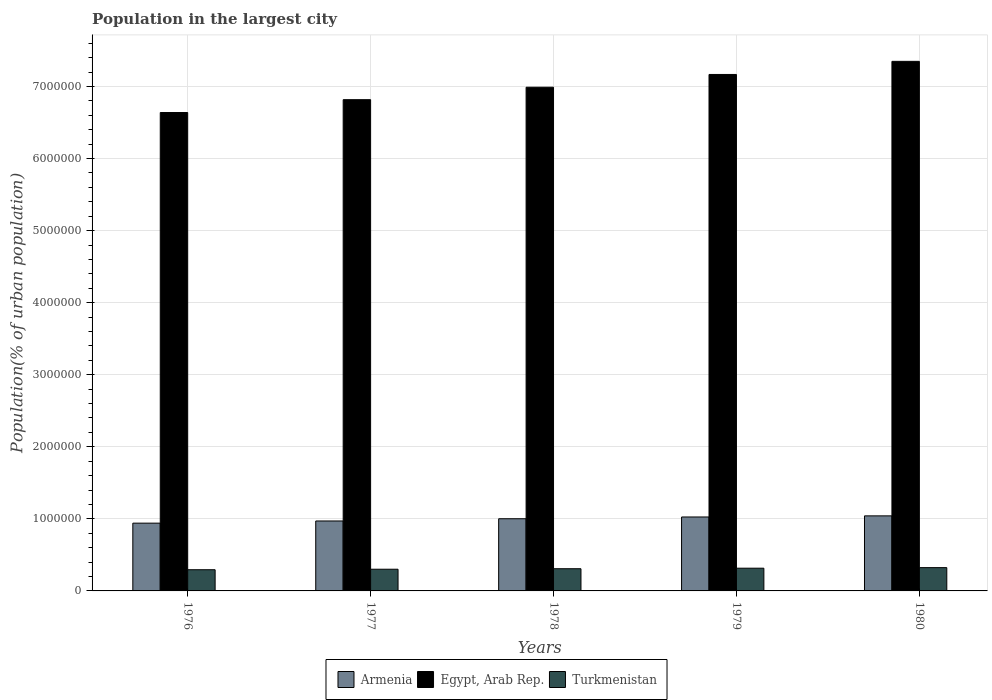
| Years | Armenia | Egypt, Arab Rep. | Turkmenistan |
 | --- | --- | --- | --- |
 | 1976 | 9.4e+05 | 6.64e+06 | 2.94e+05 |
 | 1977 | 9.71e+05 | 6.82e+06 | 3.01e+05 |
 | 1978 | 1e+06 | 6.99e+06 | 3.08e+05 |
 | 1979 | 1.03e+06 | 7.17e+06 | 3.15e+05 |
 | 1980 | 1.04e+06 | 7.35e+06 | 3.23e+05 |